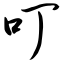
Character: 叮